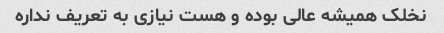
نخلک همیشه عالی بوده و هست نیازی به تعریف نداره